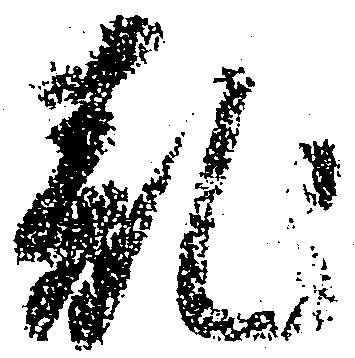
乱